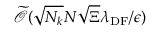
\widetilde { \mathcal { O } } ( \sqrt { N _ { k } } N \sqrt { \Xi } \lambda _ { \mathrm { D F } } / \epsilon )